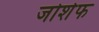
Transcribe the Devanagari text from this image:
जोशेफ